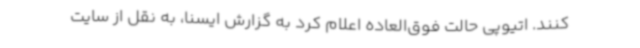
کنند. اتیوپی حالت فوق‌العاده اعلام کرد به گزارش ایسنا، به نقل از سایت